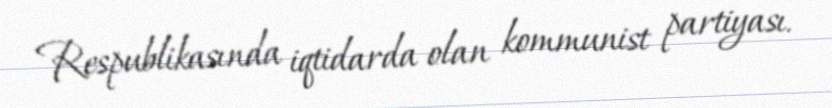
Respublikasında iqtidarda olan kommunist partiyası.